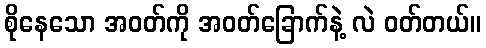
စိုနေသော အဝတ်ကို အဝတ်ခြောက်နဲ့ လဲ ဝတ်တယ်။